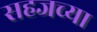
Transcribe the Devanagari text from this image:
सहजच्या